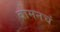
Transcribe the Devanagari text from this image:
वामनचं